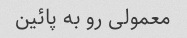
معمولی رو به پائین